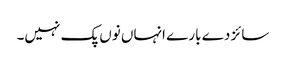
سائز دے بارے انہاں نوں پک نہیں۔